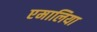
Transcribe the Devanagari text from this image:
एमालिया